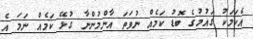
އެކަމަކު ގައުމުގެ ބޮޑު ކަމެއް ނުވަތަ އާންމުންނާ ގުޅޭ ކަމެއް ނަމަ އެ